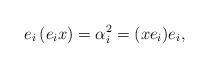
LaTeX: \begin{align*}e_{i}\left( e_{i}x\right) =\alpha _{i}^{2}=(xe_{i})e_{i}, \end{align*}